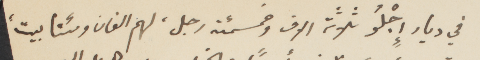
في ديار إجْلُو ثلاثة الاف وخمسمئة رجل، لهم الفان ومئتا بيت،